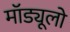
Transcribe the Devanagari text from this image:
मॉड्यूलो